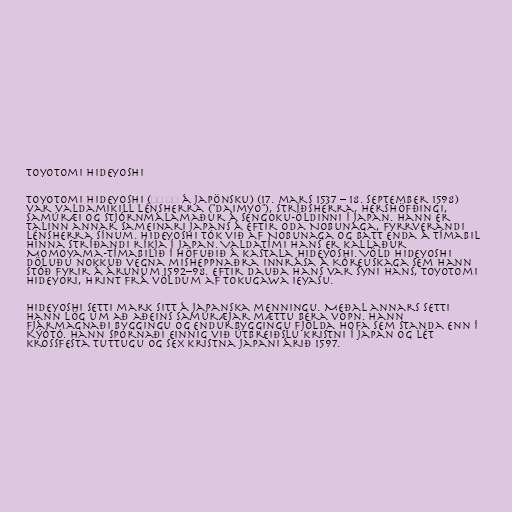
Toyotomi Hideyoshi

Toyotomi Hideyoshi (豊臣 秀吉 á japönsku) (17. mars 1537 – 18. september 1598)
var valdamikill lénsherra ("daimyo"), stríðsherra, hershöfðingi,
samúræi og stjórnmálamaður á Sengoku-öldinni í Japan. Hann er
talinn annar sameinari Japans á eftir Oda Nobunaga, fyrrverandi
lénsherra sínum. Hideyoshi tók við af Nobunaga og batt enda á tímabil
hinna stríðandi ríkja í Japan. Valdatími hans er kallaður
Momoyama-tímabilið í höfuðið á kastala Hideyoshi. Völd Hideyoshi
döluðu nokkuð vegna misheppnaðra innrása á Kóreuskaga sem hann
stóð fyrir á árunum 1592–98. Eftir dauða hans var syni hans, Toyotomi
Hideyori, hrint frá völdum af Tokugawa Ieyasu.

Hideyoshi setti mark sitt á japanska menningu. Meðal annars setti
hann lög um að aðeins samúræjar mættu bera vopn. Hann
fjármagnaði byggingu og endurbyggingu fjölda hofa sem standa enn í
Kýótó. Hann spornaði einnig við útbreiðslu kristni í Japan og lét
krossfesta tuttugu og sex kristna Japani árið 1597.